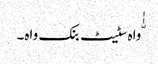
ّٰٰواہ سٹیٹ بنک واہ۔